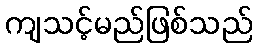
ကျသင့်မည်ဖြစ်သည်